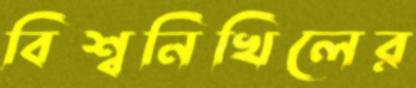
বিশ্বনিখিলের